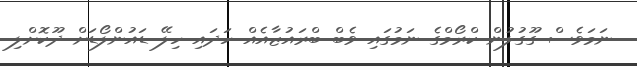
ނަމަވެސް ގޫގުލުން ކްރޯމްގެ ނަމުގައި ވެބް ބްރައުޒާއެއް ހަދައި ހިލޭ ޑައުންލޯޑަށް ދޫކޮށްލި